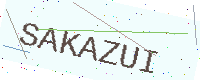
Text: SAKAZUI